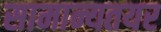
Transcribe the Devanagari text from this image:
सामान्यतयर